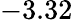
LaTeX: -3.32